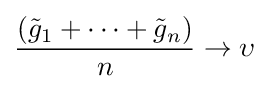
{\frac {({\tilde {g}}_{1}+\cdots +{\tilde {g}}_{n})}{n}}\to \upsilon